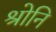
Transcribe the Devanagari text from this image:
श्रोनि